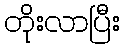
တိုးလာပြီး